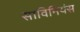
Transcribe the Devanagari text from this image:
साविनियंस